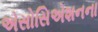
એસોસિએશનના